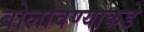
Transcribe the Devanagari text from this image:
बोलावण्याकडे